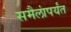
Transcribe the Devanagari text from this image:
समैलांपर्यंत